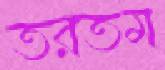
তরতম